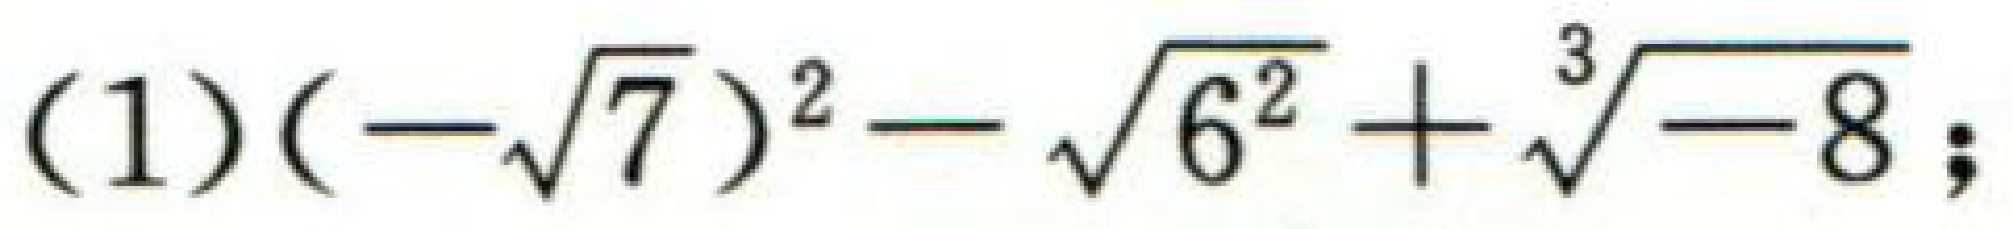
\((1)(-\sqrt{7})^{2}-\sqrt{6^{2}}+\sqrt[3]{-8};\)